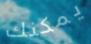
يمكنك